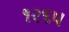
૧૨૬૫